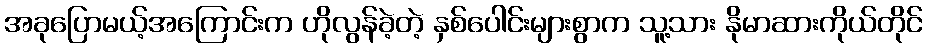
အခုပြောမယ့်အကြောင်းက ဟိုလွန်ခဲ့တဲ့ နှစ်ပေါင်းများစွာက သူ့သား နိုမာဆားကိုယ်တိုင်